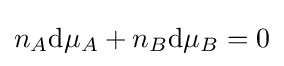
n_{A}\mathrm {d} \mu _{A}+n_{B}\mathrm {d} \mu _{B}=0